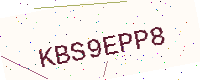
Text: KBS9EPP8